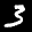
Label: 3